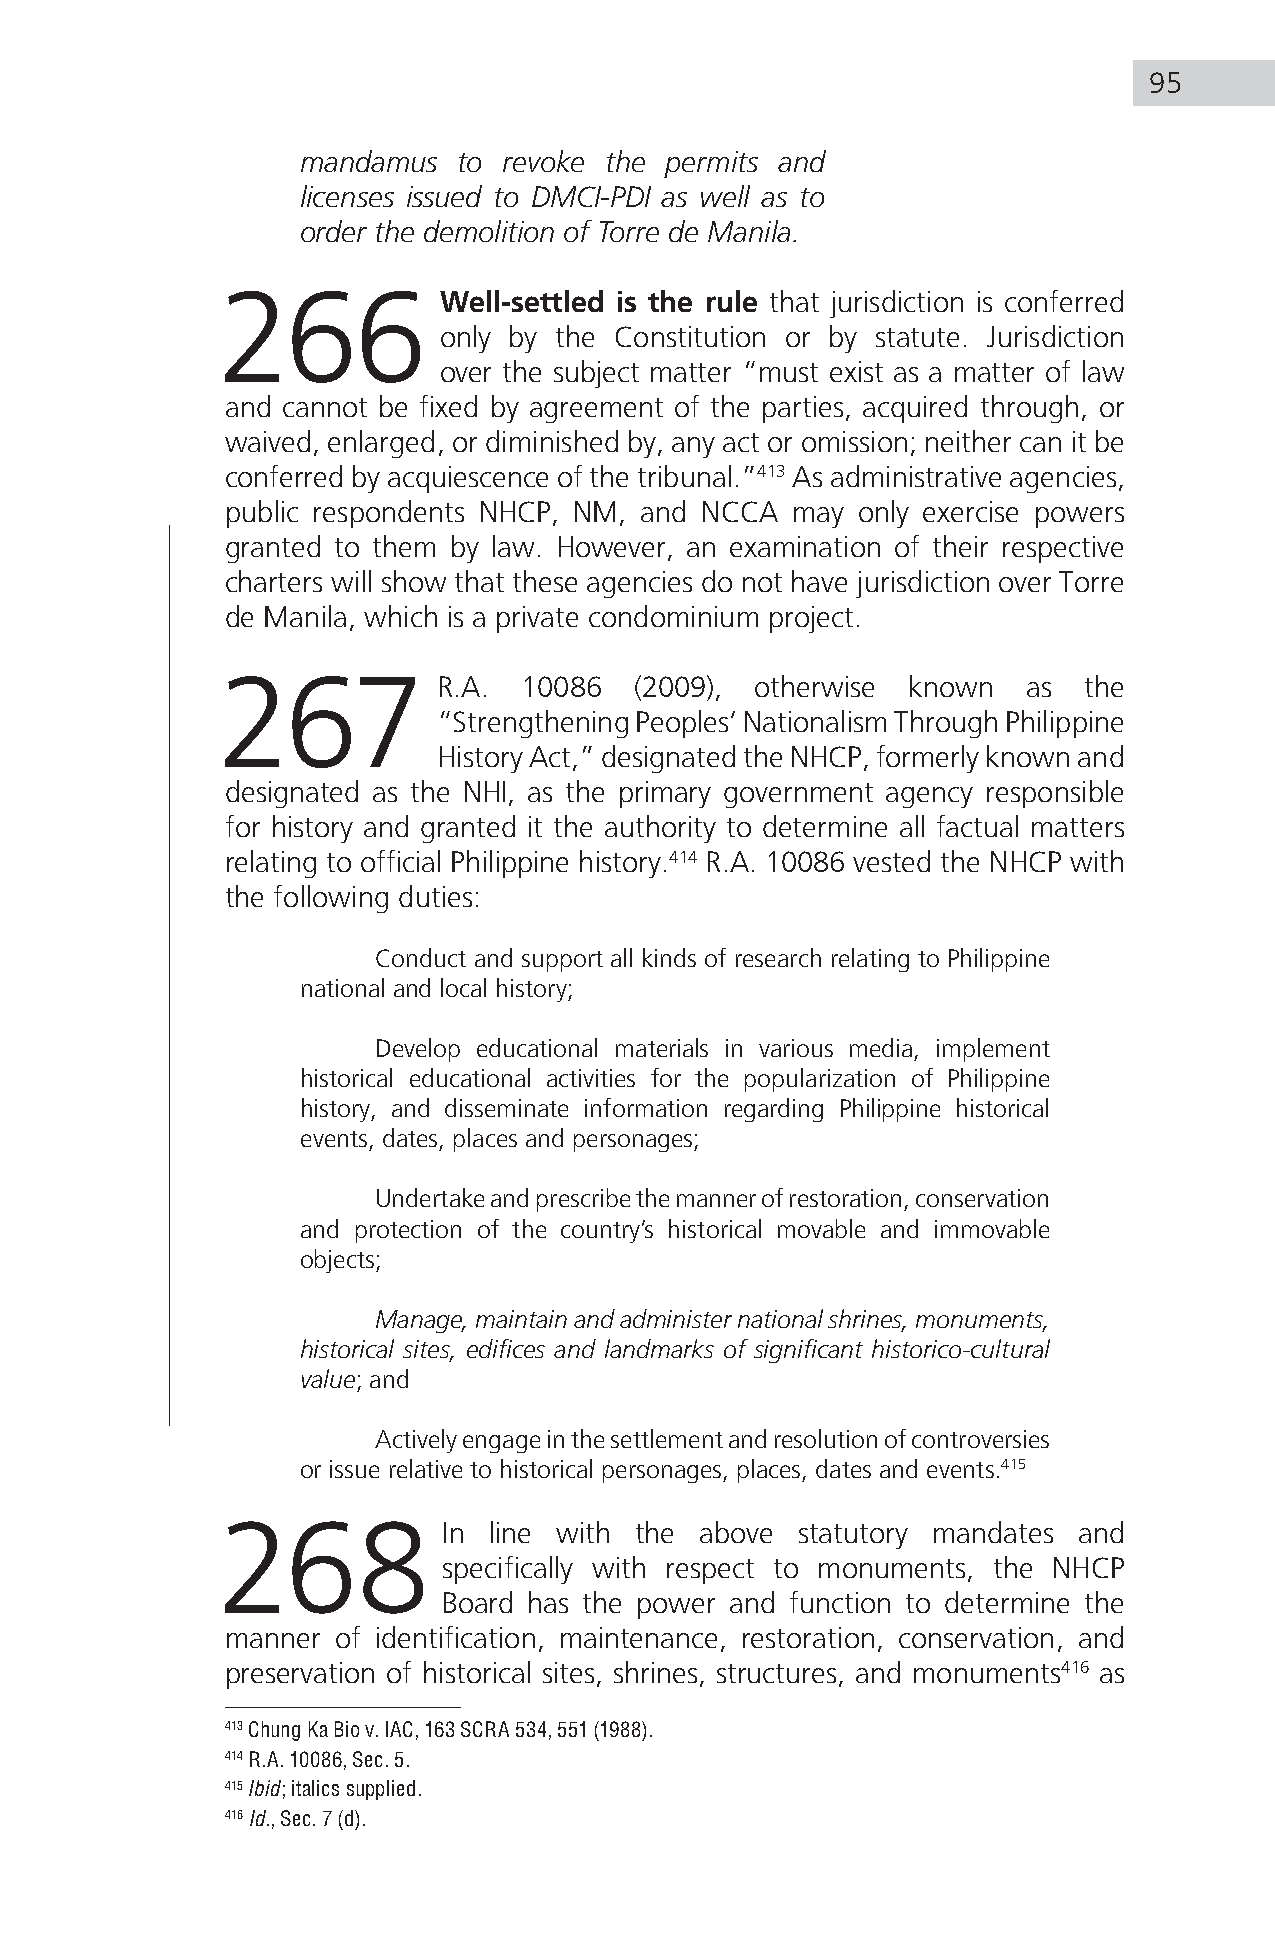
95
 mandamus  to revoke the permits and
 licenses issued to DMCI-PDI as well as to
 order the demolition of Torre de Manila.
 266            Well-settled is the rule that jurisdiction is conferred
 only by the Constitution or by statute. Jurisdiction
 over the subject matter “must exist as a matter of law
 and cannot be fixed by agreement of the parties, acquired through, or
 waived, enlarged, or diminished by, any act or omission; neither can it be
 conferred by acquiescence of the tribunal.”413 As administrative agencies,
 public respondents NHCP, NM, and NCCA may only exercise powers
 granted to them by law. However, an examination of their respective
 charters will show that these agencies do not have jurisdiction over Torre
 de Manila, which is a private condominium project.
 267            R.A. 10086   (2009), otherwise known   as  the
 “Strengthening Peoples’ Nationalism Through Philippine
 History Act,” designated the NHCP, formerly known and
 designated as the NHI, as the primary government agency responsible
 for history and granted it the authority to determine all factual matters
 relating to official Philippine history.414 R.A. 10086 vested the NHCP with
 the following duties:
 Conduct and support all kinds of research relating to Philippine
 national and local history;
 Develop educational materials in various media, implement
 historical educational activities for the popularization of Philippine
 history, and disseminate information regarding Philippine historical
 events, dates, places and personages;
 Undertake and prescribe the manner of restoration, conservation
 and protection of the country’s historical movable and immovable
 objects;
 Manage, maintain and administer national shrines, monuments,
 historical sites, edifices and landmarks of significant historico-cultural
 value; and
 Actively engage in the settlement and resolution of controversies
 or issue relative to historical personages, places, dates and events.415
 268            In line with the above  statutory mandates and
 specifically with respect to monuments, the NHCP
 Board has the power and function to determine the
 manner of identification, maintenance, restoration, conservation, and
 preservation of historical sites, shrines, structures, and monuments416 as
 413 Chung Ka Bio v. IAC, 163 SCRA 534, 551 (1988).
 414 R.A. 10086, Sec. 5.
 415 Ibid; italics supplied.
 416 Id., Sec. 7 (d).